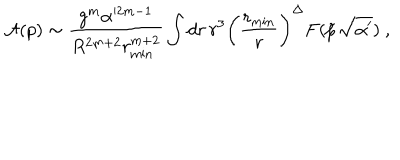
LaTeX: { \cal A } ( p ) \sim \frac { g ^ { m } \alpha ^ { 2 m - 1 } } { R ^ { 2 m + 2 } r _ { \mathrm { m i n } } ^ { m + 2 } } \int d r \, r ^ { 3 } \biggl ( \frac { r _ { \mathrm { m i n } } } { r } \biggr ) ^ { \Delta } F ( \tilde { p } \sqrt { \alpha ^ { \prime } } ) \ ,